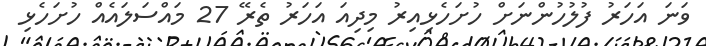
ވަނަ އަހަރު ފުލުހުންނަށް ހުށަހެޅިއިރު މިދިއަ އަހަރު ތެރޭ 27 މައްސަލައެއް ހުށަހެޅި